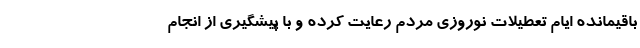
باقیمانده ایام تعطیلات نوروزی مردم رعایت کرده و با پیشگیری از انجام